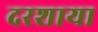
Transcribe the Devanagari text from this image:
दरशाया